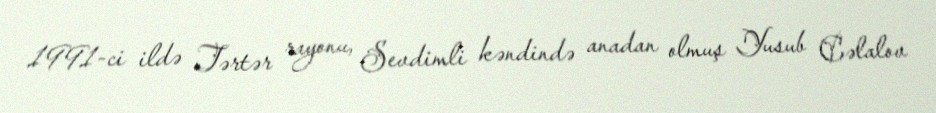
1991-ci ildə Tərtər rayonu, Sevdimli kəndində anadan olmuş Yusub Cəlalov